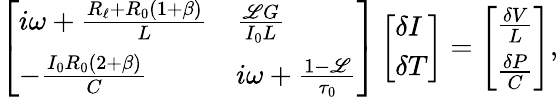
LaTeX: \left[\begin{array}{ll}{i\omega+\frac{R_{\ell}+R_{0}(1+\beta)}{L}}&{\frac{\mathscr{L}G}{I_{0}L}}\\ {-\frac{I_{0}R_{0}(2+\beta)}{C}}&{i\omega+\frac{1-\mathscr{L}}{\tau_{0}}}\end{array}\right]\left[\begin{array}{l}{\delta I}\\ {\delta T}\end{array}\right]=\left[\begin{array}{l}{\frac{\delta V}{L}}\\ {\frac{\delta P}{C}}\end{array}\right],